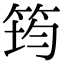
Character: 筠